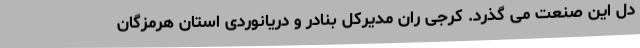
دل این صنعت می گذرد. کرجی ران مدیرکل بنادر و دریانوردی استان هرمزگان